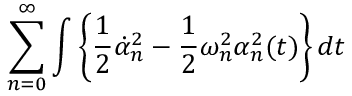
\sum _ { n = 0 } ^ { \infty } \int \left\{ \frac 1 2 \dot { \alpha } _ { n } ^ { 2 } - \frac 1 2 \omega _ { n } ^ { 2 } \alpha _ { n } ^ { 2 } ( t ) \right\} d t